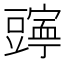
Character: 𫎄